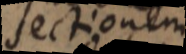
sectionem